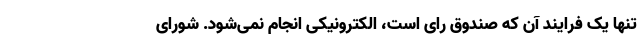
تنها یک فرایند آن که صندوق رای است، الکترونیکی انجام نمی‌شود. شورای